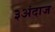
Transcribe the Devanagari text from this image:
३अंदाज